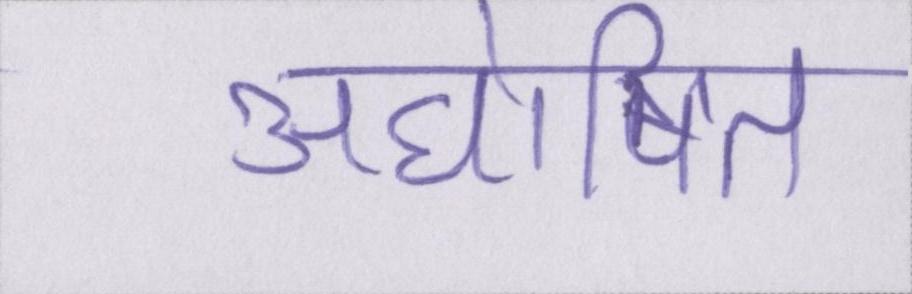
अघोषित